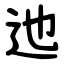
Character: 迆